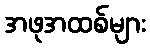
အဖုအထစ်များ